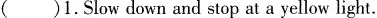
( )1.Slow down and stop at a yellow light.